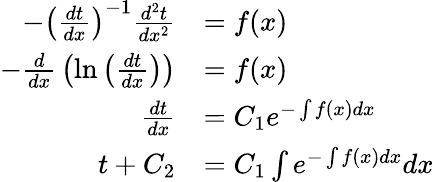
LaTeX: {\begin{array}{rl}{-\left({\frac{dt}{dx}}\right)^{-1}{\frac{d^{2}t}{dx^{2}}}}&{=f(x)}\\ {-{\frac{d}{dx}}\left(\ln\left({\frac{dt}{dx}}\right)\right)}&{=f(x)}\\ {{\frac{dt}{dx}}}&{=C_{1}e^{-\int f(x)dx}}\\ {t+C_{2}}&{=C_{1}\int e^{-\int f(x)dx}dx}\end{array}}